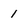
Character: 1